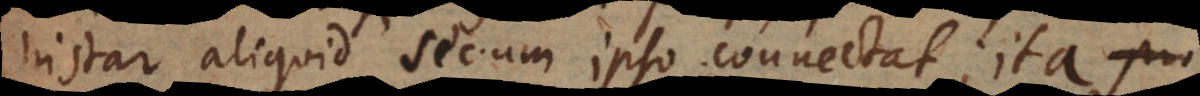
instar aliquid secum ipso connectat; ita